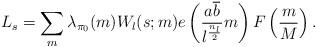
LaTeX: \begin{align*}L_s = \sum_m \lambda_{\pi_0}(m)W_l(s;m) e\left(\frac{a\overline{b}}{l^{\frac{n_l}{2}}}m\right)F\left(\frac{m}{M}\right). \end{align*}